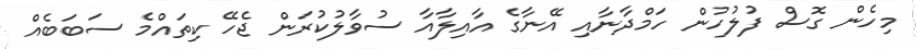
މިހެން ގޮސް ފުލުހުން ހަމްދާނާއި އޭނާގެ އާއިލާއާ ސުވާލުކުރަން ޖެހޭ ކިތައްމެ ސަބަބެއް